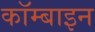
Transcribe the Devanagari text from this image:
कॉम्बाइन